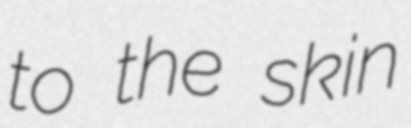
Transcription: to the skin